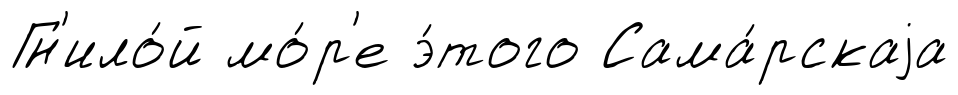
Гн'ило́й мо́р'е э́того Сама́рскаjа